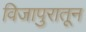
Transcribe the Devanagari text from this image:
विजापुरातून